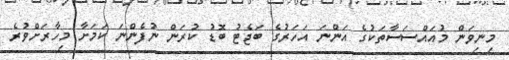
މިނިވަން މުއައްސަސާތަކުގެ އަންނަ އަހަރުގެ ބަޖެޓު ބޮޑު ކުރަން ނުފެންނަ ކަމަށާ މިހާރަށްވުރެ